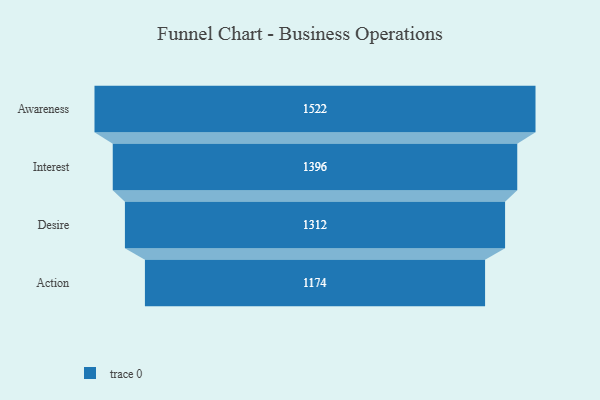
{"axis": {"x": "Stage", "y": "Value"}, "legend": [""], "data": [{"x": "Awareness", "y": 1522.0, "type": ""}, {"x": "Interest", "y": 1396.0, "type": ""}, {"x": "Desire", "y": 1312.0, "type": ""}, {"x": "Action", "y": 1174.0, "type": ""}]}